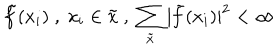
LaTeX: \tilde { f } ( x _ { i } ) \; , \; x _ { i } \in \tilde { x } \; , \; \sum _ { \tilde { x } } | \tilde { f } ( x _ { i } ) | ^ { 2 } < \infty